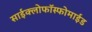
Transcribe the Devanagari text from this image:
साईक्लोफॉस्फोमाईड